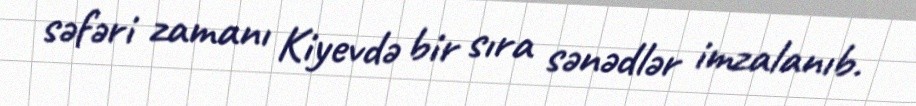
səfəri zamanı Kiyevdə bir sıra sənədlər imzalanıb.